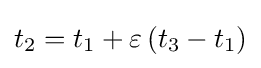
t_{2}=t_{1}+\varepsilon \left(t_{3}-t_{1}\right)